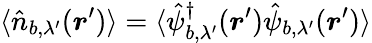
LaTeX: \langle\hat{n}_{b,\lambda^{\prime}}(\boldsymbol{r}^{\prime})\rangle=\langle\hat{\psi}_{b,\lambda^{\prime}}^{\dagger}(\boldsymbol{r}^{\prime})\hat{\psi}_{b,\lambda^{\prime}}(\boldsymbol{r}^{\prime})\rangle